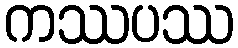
ကဿပဿ